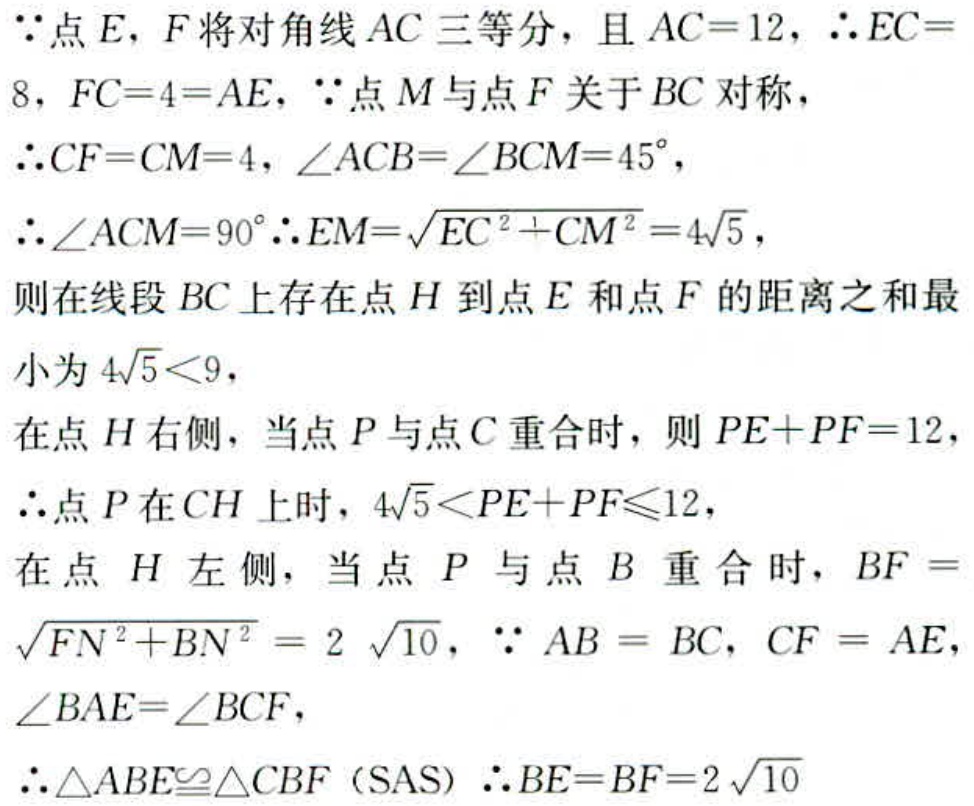
$\because$点$E$，$F$将对角线$AC$三等分，且$AC = 12$，$\therefore EC = 8$，$FC = 4=AE$，$\because$点$M$与点$F$关于$BC$对称，
$\therefore CF = CM = 4$，$\angle ACB=\angle BCM = 45^{\circ}$，
$\therefore \angle ACM = 90^{\circ}\therefore EM=\sqrt{EC^{2}+CM^{2}} = 4\sqrt{5}$，
则在线段$BC$上存在点$H$到点$E$和点$F$的距离之和最
小为$4\sqrt{5}<9$，
在点$H$右侧，当点$P$与点$C$重合时，则$PE + PF = 12$，
$\therefore$点$P$在$CH$上时，$4\sqrt{5}<PE + PF\leqslant12$，
在点$H$左侧，当点$P$与点$B$重合时，$BF=\sqrt{FN^{2}+BN^{2}} = 2\sqrt{10}$，$\because AB = BC$，$CF = AE$，
$\angle BAE=\angle BCF$，
$\therefore\triangle ABE\cong\triangle CBF$（SAS）$\therefore BE = BF = 2\sqrt{10}$